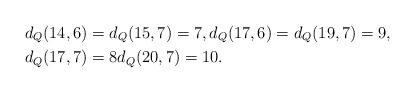
LaTeX: \begin{align*}&d_Q(14,6)= d_Q(15,7)=7, d_Q(17,6)= d_Q(19,7)=9, \\&d_Q(17,7)= 8 d_Q(20,7)= 10.\end{align*}